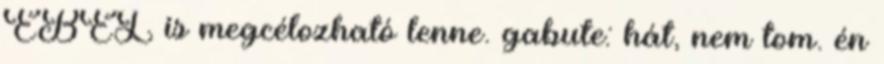
EBEL is megcélozható lenne. gabute: hát, nem tom. én